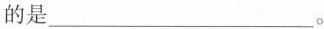
的是___。